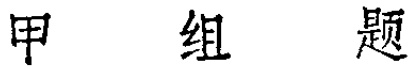
甲 组 题